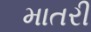
માતરી